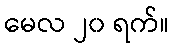
မေလ ၂၀ ရက်။